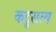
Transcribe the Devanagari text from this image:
कटुसत्य